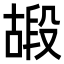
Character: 𠽠